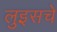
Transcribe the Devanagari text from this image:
लुइसचे